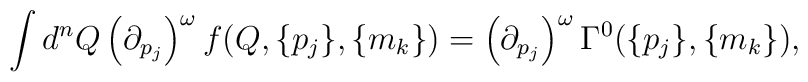
\int d^{n}Q \left ({\partial}_{p_{j}} \right )^{\omega}f(Q,\{p_{j}\},\{m_{k}\})= \left ( {\partial}_{p_{j}} \right )^{\omega}\Gamma^{0} (\{p_{j}\},\{m_{k}\}),